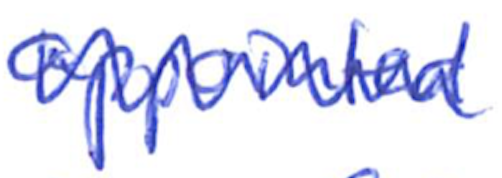
Text: appointed
Cross-out: zig-zag
Writing tool: ballpoint